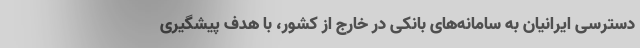
دسترسی ایرانیان به سامانه‌های بانکی در خارج از کشور، با هدف پیشگیری